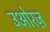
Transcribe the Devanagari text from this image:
उओरज़